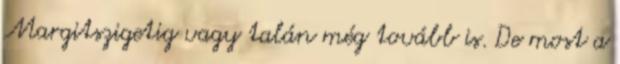
Margitszigetig vagy talán még tovább is. De most a